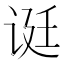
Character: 𬣻